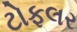
ટોફલર